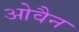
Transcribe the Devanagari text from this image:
ओवैन